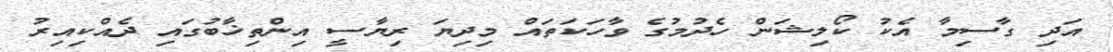
އަދި ގާސިމާ އެކު ކޯލިޝަން ހެދުމުގެ ވާހަކަތައް މިދިޔަ ރިޔާސީ އިންތިޚާބުގައި ދެއްކިއިރު